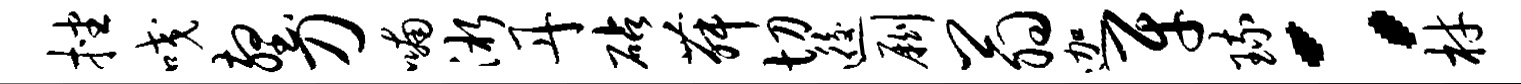
挫咬壑刀喃淅丹砧舞切逅劂翁迦牙琉：材